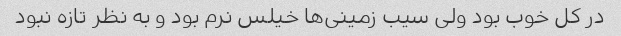
در کل خوب بود ولی سیب زمینی‌ها خیلس نرم بود و به نظر تازه نبود